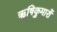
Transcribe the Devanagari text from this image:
ऋषिकुमारों